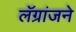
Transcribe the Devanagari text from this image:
लॅग्रांजने